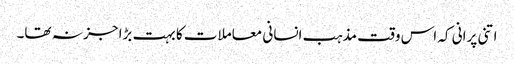
اتنی پرانی کہ اس وقت مذہب انسانی معاملات کا بہت بڑا جز نہ تھا۔